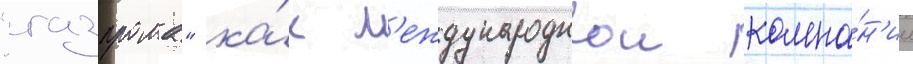
"газпрома" ка́к м'еждународнои компа́н'ии